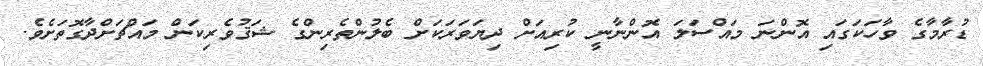
ޑުރާމާގެ ވާހަކަގައި އޮންނަ މައްސަލަ އޮންނާނީ ކުރިއަށް ދިޔަވަރަކަށް ބެލުންތެރިންގެ ޝަޤުވެރިކަން މައްޗަށްދާގޮތަށެވެ.